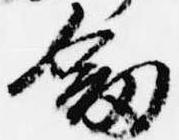
剣